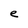
Character: e